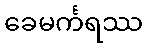
ခေမင်္ကရဿ